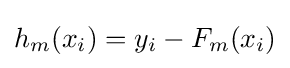
h_{m}(x_{i})=y_{i}-F_{m}(x_{i})